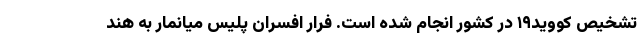
تشخیص کووید۱۹ در کشور انجام شده است. فرار افسران پلیس میانمار به هند